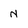
Character: N